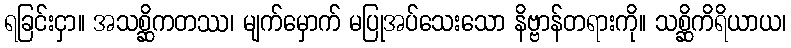
ရခြင်းငှာ။ အသစ္ဆိကတဿ၊ မျက်မှောက် မပြုအပ်သေးသော နိဗ္ဗာန်တရားကို။ သစ္ဆိကိရိယာယ၊